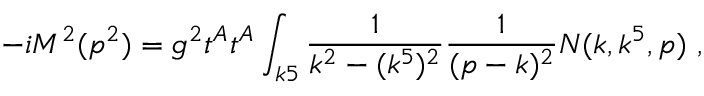
- i M ^ { 2 } ( p ^ { 2 } ) = g ^ { 2 } t ^ { A } t ^ { A } \int _ { k 5 } { \frac { 1 } { k ^ { 2 } - ( k ^ { 5 } ) ^ { 2 } } } { \frac { 1 } { ( p - k ) ^ { 2 } } } N ( k , k ^ { 5 } , p ) \ ,